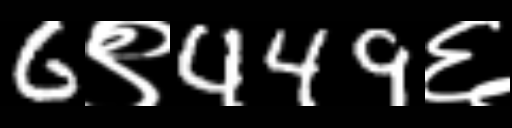
Text: 6९449६